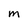
Character: M